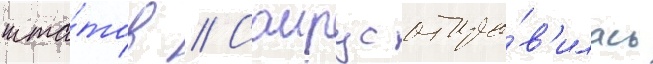
шта́тов // Саирус отпра́в'илась